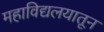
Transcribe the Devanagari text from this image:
महाविद्यलयातून